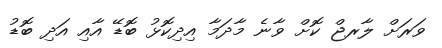
ވަރަށް ލާރޖް ކޮށް ވާނެ މާދަމާ އިދިކޮޅު ބޮޑޭ އާއި އަދި ބޮޑު